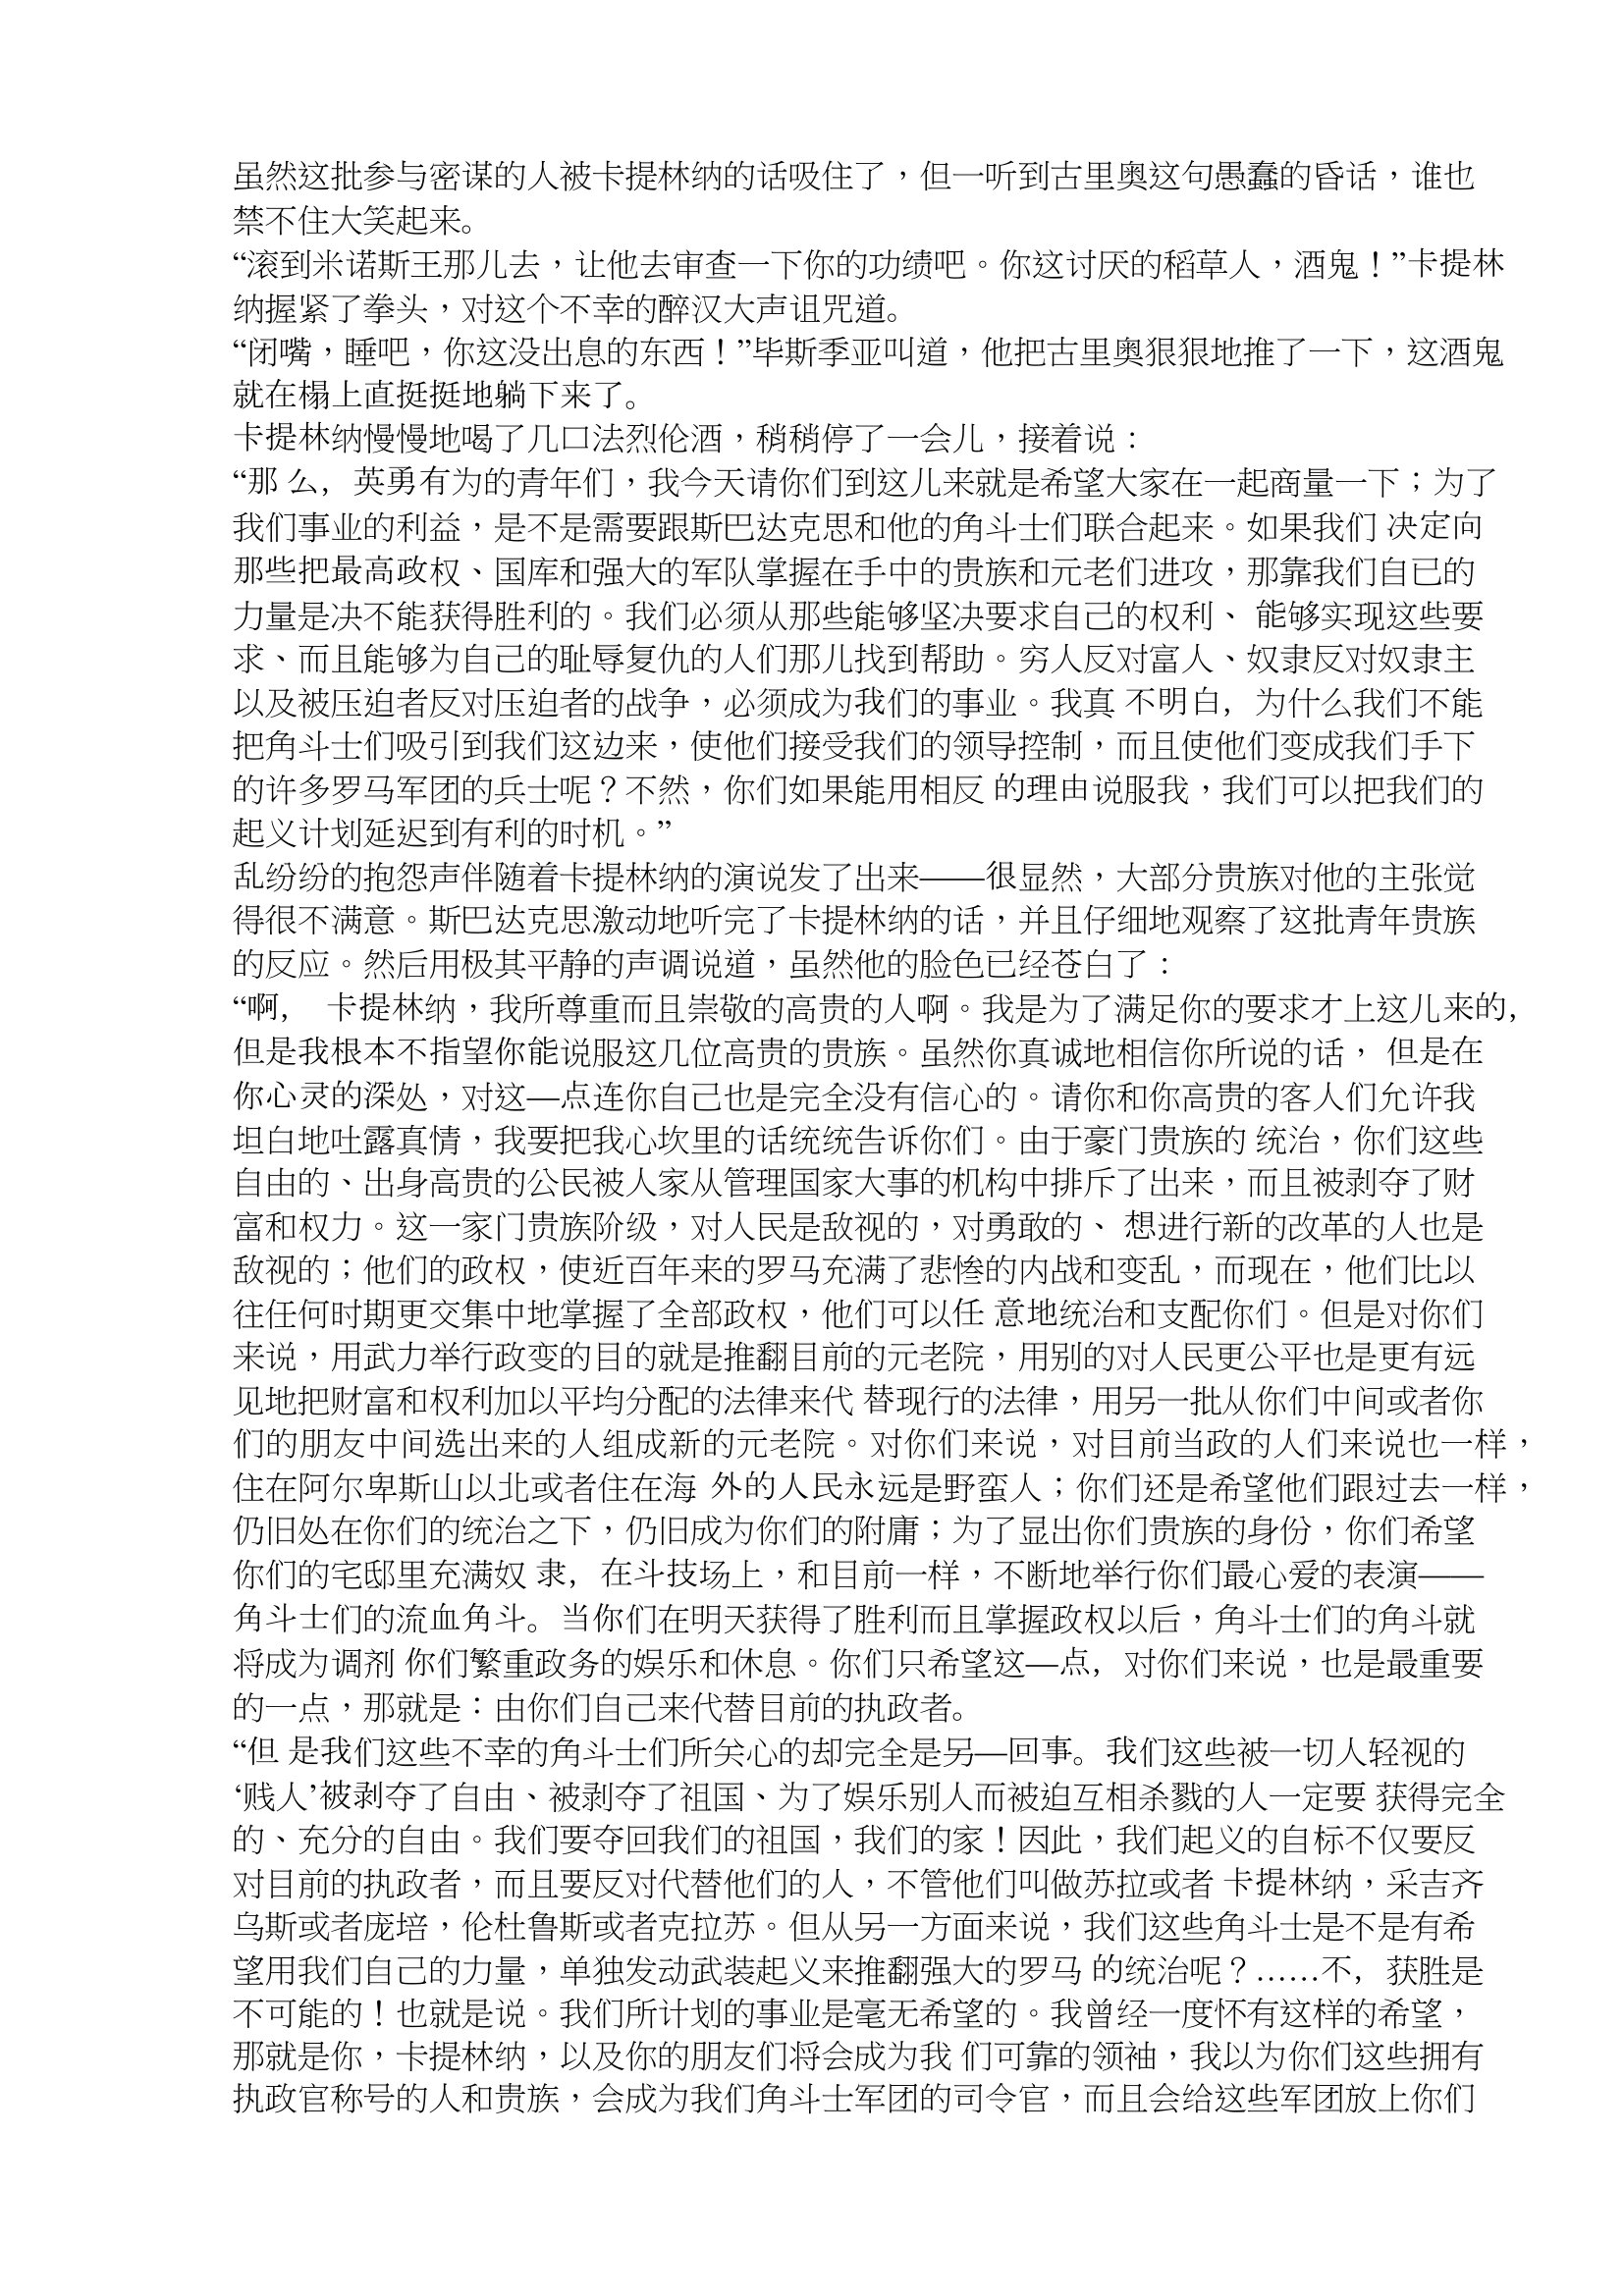
Language: zh